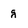
Character: g